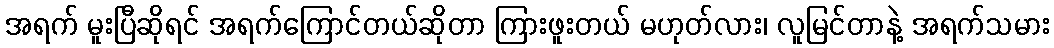
အရက် မူးပြီဆိုရင် အရက်ကြောင်တယ်ဆိုတာ ကြားဖူးတယ် မဟုတ်လား၊ လူမြင်တာနဲ့ အရက်သမား